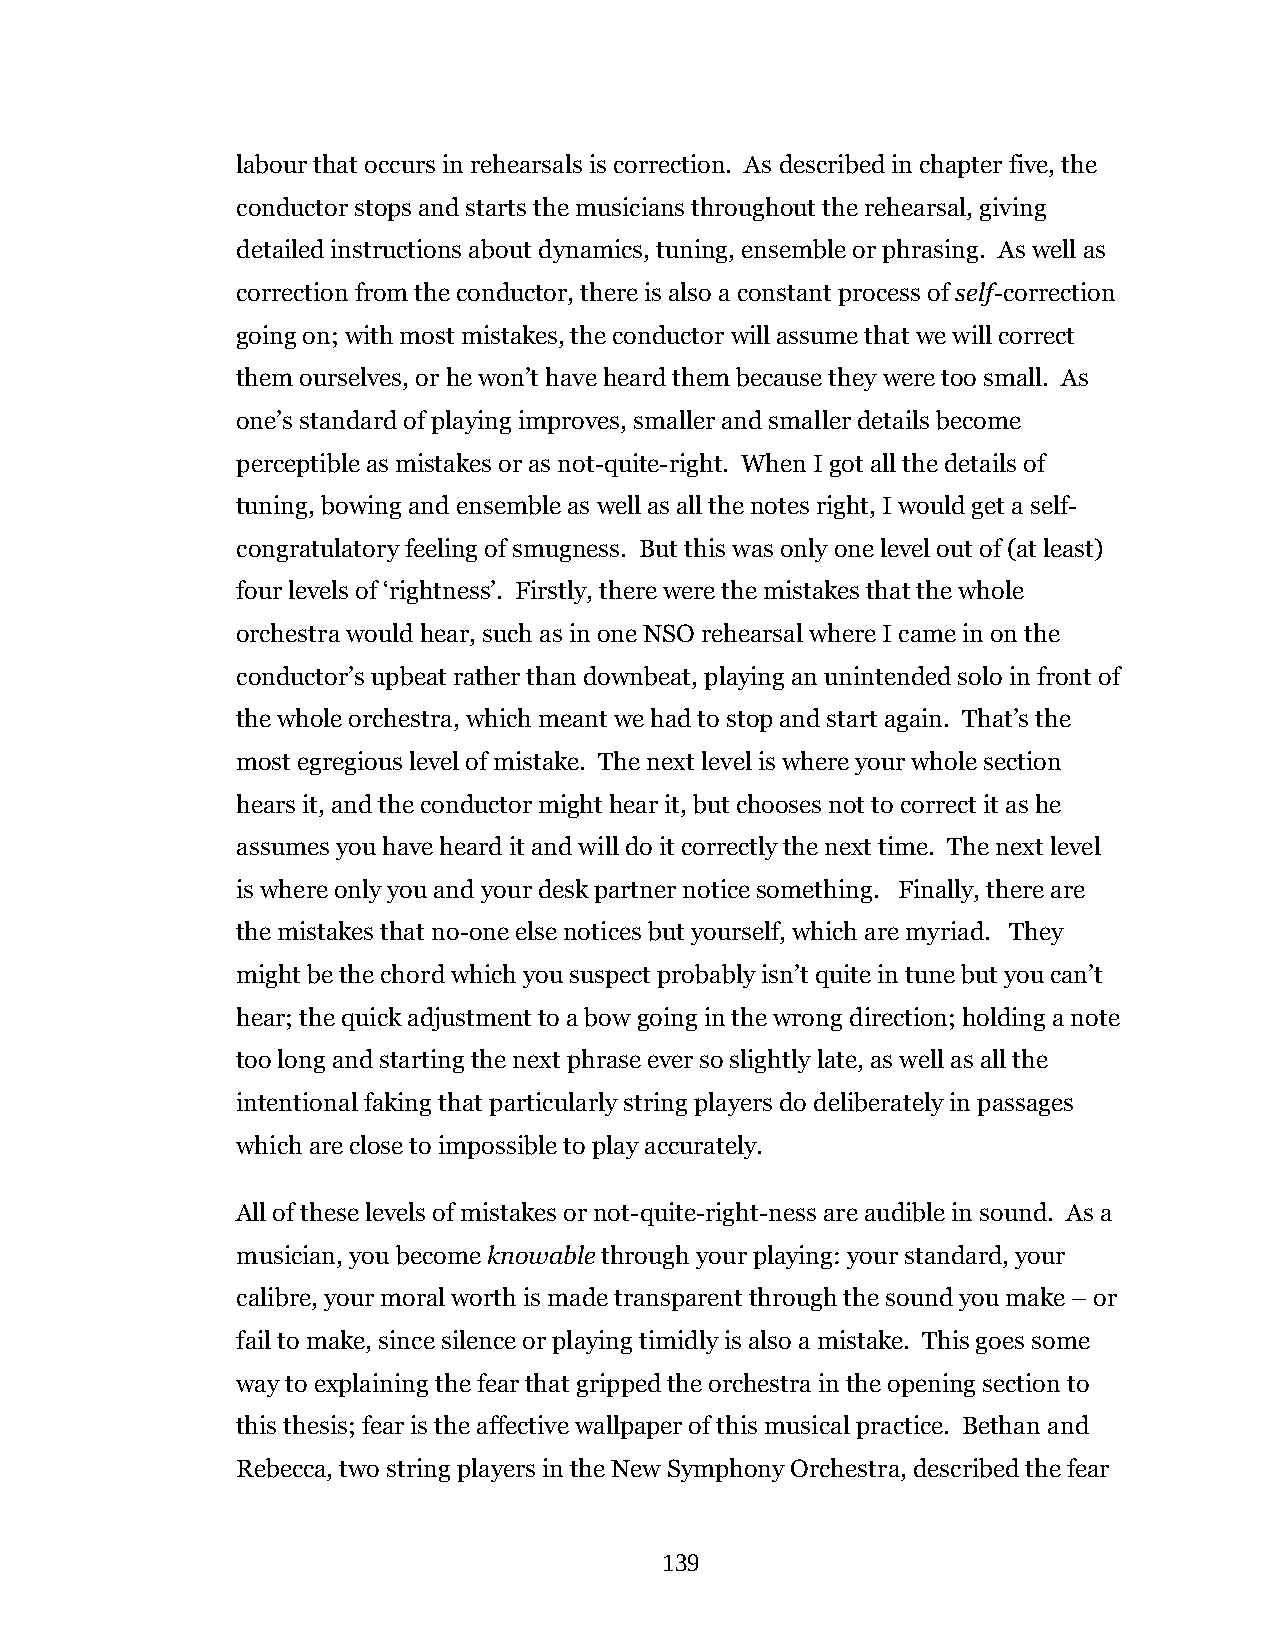
labour that occurs in rehearsals is correction. As described in chapter five, the
 conductor stops and starts the musicians throughout the rehearsal, giving
 detailed instructions about dynamics, tuning, ensemble or phrasing. As well as
 correction from the conductor, there is also a constant process of self-correction
 going on; with most mistakes, the conductor will assume that we will correct
 them ourselves, or he won’t have heard them because they were too small. As
 one’s standard of playing improves, smaller and smaller details become
 perceptible as mistakes or as not-quite-right. When I got all the details of
 tuning, bowing and ensemble as well as all the notes right, I would get a self-
 congratulatory feeling of smugness. But this was only one level out of (at least)
 four levels of ‘rightness’. Firstly, there were the mistakes that the whole
 orchestra would hear, such as in one NSO rehearsal where I came in on the
 conductor’s upbeat rather than downbeat, playing an unintended solo in front of
 the whole orchestra, which meant we had to stop and start again. That’s the
 most egregious level of mistake. The next level is where your whole section
 hears it, and the conductor might hear it, but chooses not to correct it as he
 assumes you have heard it and will do it correctly the next time. The next level
 is where only you and your desk partner notice something. Finally, there are
 the mistakes that no-one else notices but yourself, which are myriad. They
 might be the chord which you suspect probably isn’t quite in tune but you can’t
 hear; the quick adjustment to a bow going in the wrong direction; holding a note
 too long and starting the next phrase ever so slightly late, as well as all the
 intentional faking that particularly string players do deliberately in passages
 which are close to impossible to play accurately.
 All of these levels of mistakes or not-quite-right-ness are audible in sound. As a
 musician, you become knowable through your playing: your standard, your
 calibre, your moral worth is made transparent through the sound you make – or
 fail to make, since silence or playing timidly is also a mistake. This goes some
 way to explaining the fear that gripped the orchestra in the opening section to
 this thesis; fear is the affective wallpaper of this musical practice. Bethan and
 Rebecca, two string players in the New Symphony Orchestra, described the fear
 139